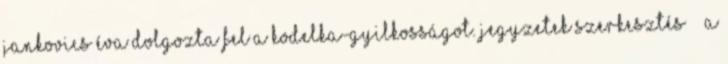
Jankovics Éva dolgozta fel a Kodelka-gyilkosságot. Jegyzetek szerkesztés ^ a